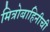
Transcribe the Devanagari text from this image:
मित्रोबाहिनीची